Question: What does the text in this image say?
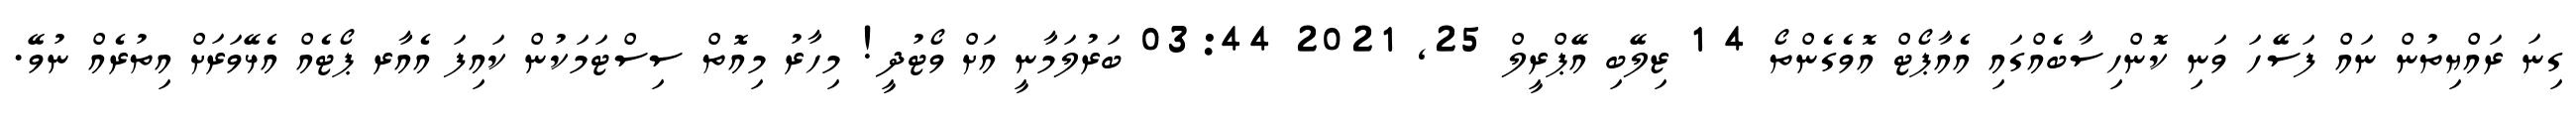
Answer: ގިނަ ރައްޔިތުން ނައް ފަސޭހަ ވަނި ކޮންހިސާބެއްގައި އެއާޕޯޓް އޮވެގެންތޯ 4 1 ޒިލޭބި އޭޕްރީލް 25, 2021 03:44 ބަރުލަމާނީ އަށް ވޯޓުދީ! މިހާރު މިއޮތް ސިސްޓަމަކުން ކައިފަ އެއާރ ޕޯޓެއް އެޅޭވަރަށް އިތުރެއް ނުވޭ.